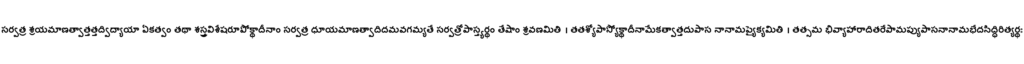
సర్వత్ర శ్రయమాణత్వాత్తత్తద్విద్యాయా ఏకత్వం తథా శస్త్రవిశేషరూపోక్థాదీనాం సర్వత్ర ధూయమాణత్వాదిదమవగమ్యతే సర్వత్రోపాస్త్యర్థం తేషాం శ్రవణమితి । తతశ్యోపాస్యోక్థాదీనామేకత్వాత్తదుపాస నానామప్యైక్యమితి । తత్సమ భివ్యాహారాదితరేపామప్యుపాసనానామభేదసిద్ధిరిత్యర్థః